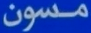
مسون